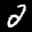
Label: 2